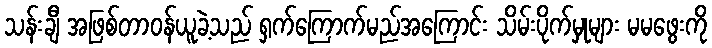
သန်းချီ အဖြစ်တာဝန်ယူခဲ့သည် ရှက်ကြောက်မည်အကြောင်း သိမ်းပိုက်မှုများ မမဖွေးကို